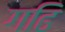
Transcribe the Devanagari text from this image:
गढि